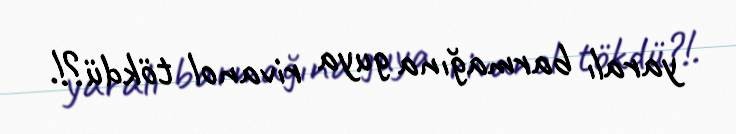
yaralı barmağına guya rivanol tökdü?!.